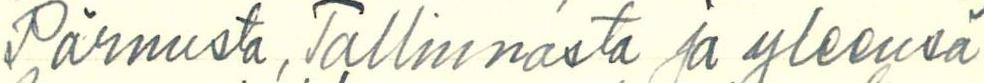
Pärnusta, Tallinnasta ja yleensä